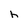
Character: h